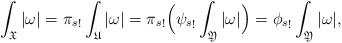
LaTeX: \begin{align*}\int_{\mathfrak X}|\omega|&= {\pi_s}_!\int_{\mathfrak U}|\omega| = {\pi_s}_!\Big({\psi_s}_!\int_{\mathfrak Y}|\omega|\Big) = {\phi_s}_!\int_{\mathfrak Y}|\omega|,\end{align*}